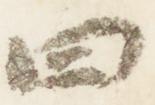
四